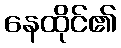
နေထိုင်၏